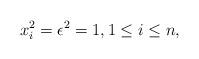
LaTeX: \begin{align*} x_i^2 = \epsilon^2 = 1, 1 \leq i \leq n,\end{align*}